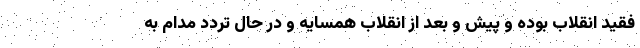
فقید انقلاب بوده و پیش و بعد از انقلاب همسایه و در حال تردد مدام به